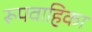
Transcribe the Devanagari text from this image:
रूपवाहिका